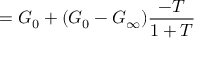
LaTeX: = G _ { 0 } + ( G _ { 0 } - G _ { \infty } ) { \frac { - T } { 1 + T } }